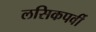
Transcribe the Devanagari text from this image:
लसिकपर्वी